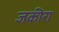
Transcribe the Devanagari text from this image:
जकीरा